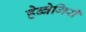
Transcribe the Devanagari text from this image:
हेब्बेगिरी